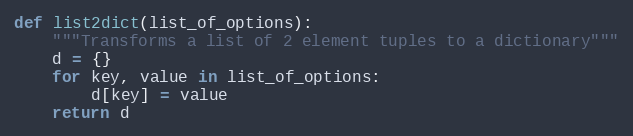
Language: Python
def list2dict(list_of_options):
    """Transforms a list of 2 element tuples to a dictionary"""
    d = {}
    for key, value in list_of_options:
        d[key] = value
    return d